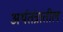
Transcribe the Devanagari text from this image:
अर्थतंत्रातील